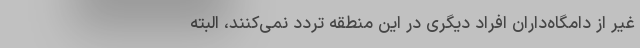
غیر از دامگاه‌داران افراد دیگری در این منطقه تردد نمی‌کنند، البته